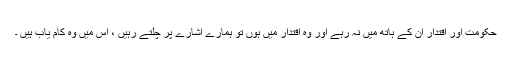
حکومت اور اقتدار ان کے ہاتھ میں نہ رہے اور وہ اقتدار میں ہوں تو ہمارے اشارے پر چلتے رہیں ، اس میں وہ کام یاب ہیں ۔